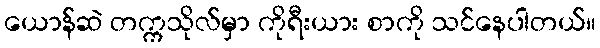
ယောန်ဆဲ တက္ကသိုလ်မှာ ကိုရီးယား စာကို သင်နေပါတယ်။